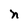
Character: n